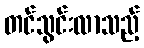
တင်သွင်းလာသည့်